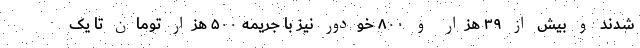
شدند و بیش از ۳۹ هزار و ۸۰۰ خودور نیز با جریمه ۵۰۰ هزار تومان تا یک